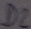
Text: D2